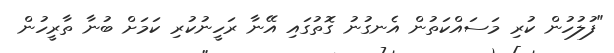
"ފުލުހުން ކުރި މަސައްކަތުން އެނގުނު ގޮތުގައި އޭނާ ރަހީނުކުރި ކަމަށް ބުނާ ތާރީހުން